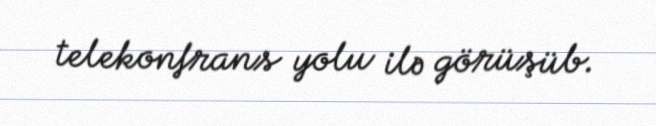
telekonfrans yolu ilə görüşüb.